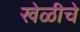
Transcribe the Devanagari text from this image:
खेळीचे